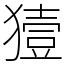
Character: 𤡬